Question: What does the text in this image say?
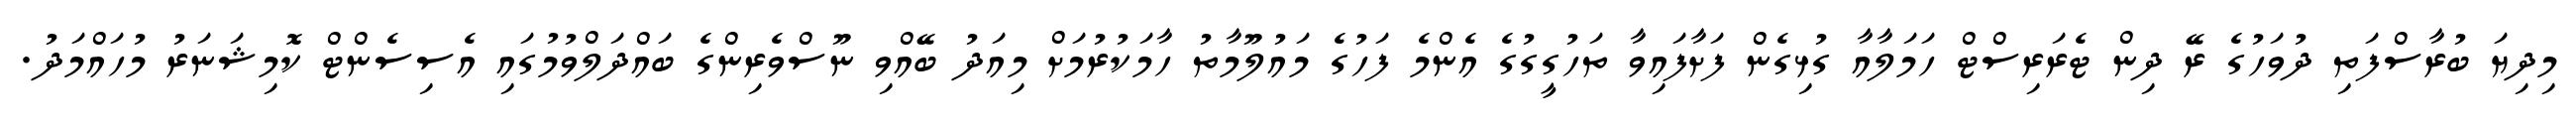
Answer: މިދިޔަ ބުރާސްފަތި ދުވަހުގެ ރޭ ދިން ޓެރަރިސްޓް ހަމަލާއާ ގުޅިގެން ފަށާފައިވާ ތަހުގީގުގެ އެންމެ ފަހުގެ މައުލޫމާތު ހާމަކުރުމަށް މިއަދު ބޭއްވި ނޫސްވެރިންގެ ބައްދަލްވުމުގައި އެސިސެންޓް ކޮމިޝަނަރު މުހައްމަދު.